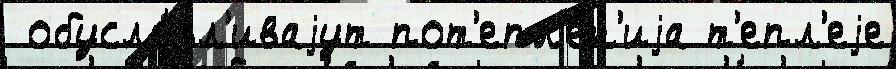
 обусло́вл'иваjут пот'епл'е́н'иjа т'епл'еjе